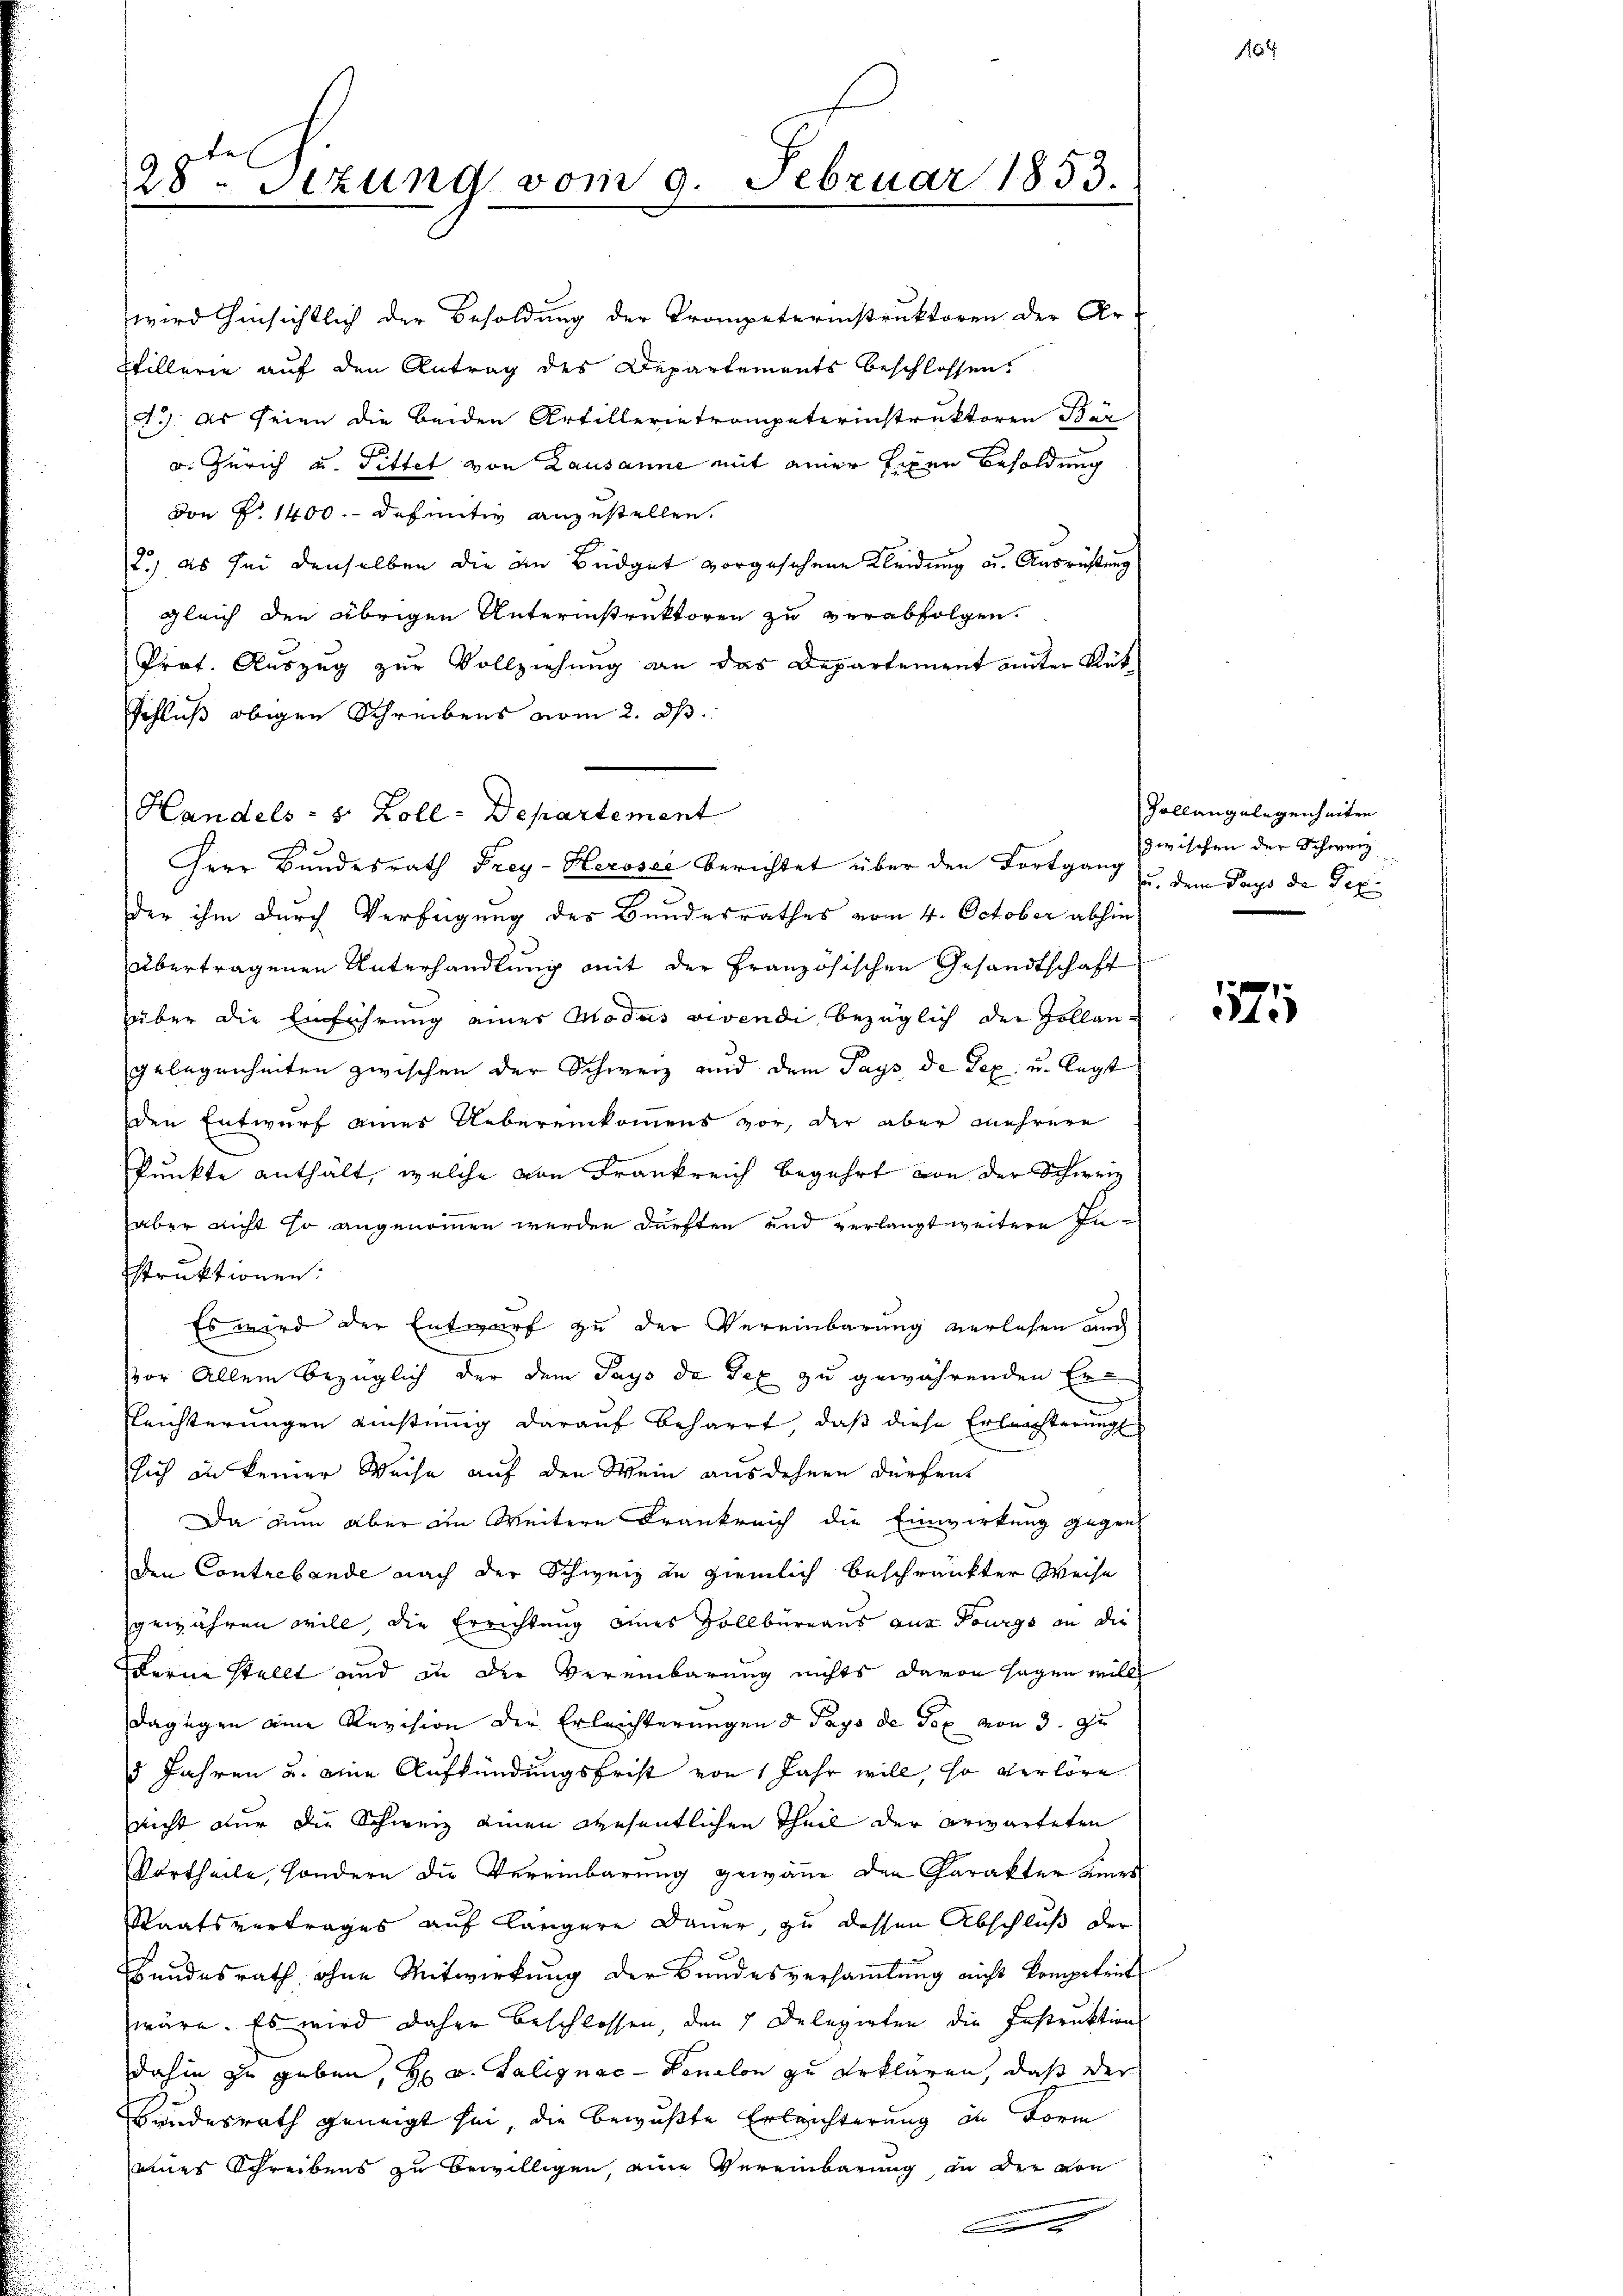
28.Stzung vom 9. Februar 1853.

wird hinsichtlich der Besoldung der Trompeterinstruktoren der Ar-
Stillerie auf den Antrag des Departements beschlossen,
4.) Es seien die beiden Artillerietrompeterinstruktoren Bür
v. Zürich u. Pittet von Lausanne mit einer fixen Besoldung
Don P. 1400.- definitiv anzustellen.
2.) es sei denselben die in Büdget vorgesehene Kleidung u. Ausrichtung
gleich den übrigen Unterinstruktoren zu verabfolgen.
Prof. Auszug zur Vollziehung an das Departement unter Rük¬
Schluß obigen Schreibens vom 2. d.
der ihm durch Verfügung des Bundesrathes vom 4. October abhin
übertragenen Unterhandlung mit der Französischen Gesandtschaft
über die Einführung einer Modus vivendi bezüglich der Zollangelegenheiten zwischen der Schweiz und dem Pays de Tex u. legt
den Entwurf eines Uebereinkommens vor, der aber mehrere
Punkte enthält, welche von Frankreich begehrt von der Schweiz
aber nicht so angenommen werden dürften und verlangt weitere Instruktionen:
Es wird der Entwurf zu der Vereinbarung verlesen auch
vor Allein bezüglich der dem Pays de Tex zu gewährenden Er
Leichterungen einstimig darauf beharrt, daß diese Erläuterung
sich in keiner Weise auf den Wein ausdehnen dürfen
Da nun aber im Weitern Frankreich die Einwirkung gegen
den Contrebande nach der Schweiz zu ziemlich beschränkter Weise
gewähren will, die Errichtung eines Zollbüreaus aus Pourgs an die
Ferne stellt und in der Vereinbarung nichts davon sagen will
dagegen eine Revision der Erleichterungen d. Pays de Gex von 3. zu
5 Jahren u. eine Aufkündungsfrist von 1 Jahr will, so verlöre
nicht nur die Schweiz einen Wesentlichen Theil der erwarteten
Vortheile, sondern die Vereinbarung gewäne den Charakter einer
Staatsvertrages auf längere Dauer, zu dessen Abschluß der
hundesrath, ohne Mitwirkung der Bundesversammlung nicht kompetrit
wäre. Es wird daher beschlossen, den 1 Delegirten die Instruktions
dahin zu geben, Hr. v. Salignac-Penlon zu erklären, daß der
Bundesrath geneigt sei, die bewußte Erleichterung in Form
eines Schreibens zu bewilligen, eine Vereinbarung, an der von

Handels- & Zoll-Departement
Herr Bundesrath Frey- Herosee berichtet über den Fortgang u. dem Pays de Tex

Zollangelegenheiten
zwischen der Schweiz

175